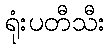
ရုံးပတီသီး